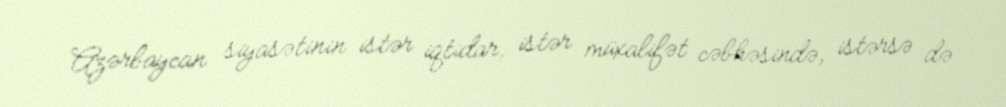
Azərbaycan siyasətinin istər iqtidar, istər müxalifət cəbhəsində, istərsə də